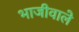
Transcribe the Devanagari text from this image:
भाजीवाले